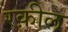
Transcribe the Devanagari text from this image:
रक़ील